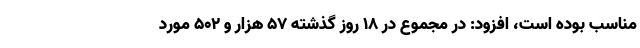
مناسب بوده است، افزود: در مجموع در ۱۸ روز گذشته ۵۷ هزار و ۵۰۲ مورد